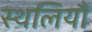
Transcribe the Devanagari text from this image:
स्थलियाँ